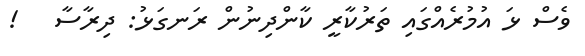
ވެސް ޅަ އުމުރެއްގައި ތަރުކާރީ ކާންދިނުން ރަނގަޅު: ދިރާސާ   !